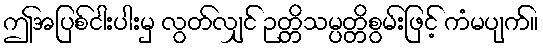
ဤအပြစ်ငါးပါးမှ လွတ်လျှင် ဉတ္တိသမ္ပတ္တိစွမ်းဖြင့် ကံမပျက်။